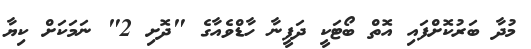
މުދާ ބަރުކޮށްފައި އޮތް ބޯޓަކީ ދަފީނާ ހާޑްވެއާގެ "ދޮށި 2" ނަމަކަށް ކިޔާ